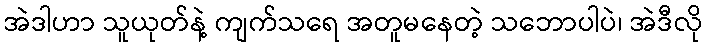
အဲဒါဟာ သူယုတ်နဲ့ ကျက်သရေ အတူမနေတဲ့ သဘောပါပဲ၊ အဲဒီလို